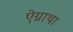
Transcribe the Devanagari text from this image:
ऐग्नाथा